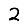
Digit: 2